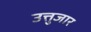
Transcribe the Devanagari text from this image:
उत्तुजार